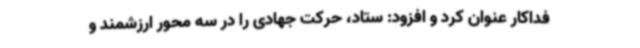
فداکار عنوان کرد و افزود: ستاد، حرکت جهادی را در سه محور ارزشمند و